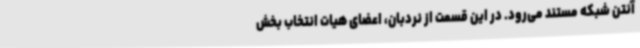
آنتن شبکه مستند می‌رود. در این قسمت از نردبان، اعضای هیات انتخاب بخش